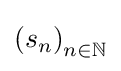
\left(s_{n}\right)_{n\in \mathbb {N} }